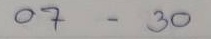
07 - 30